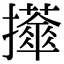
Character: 𢹕